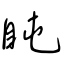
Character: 盹